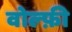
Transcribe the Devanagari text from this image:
वोल्फ़ी